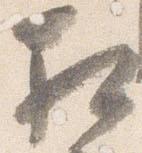
相